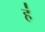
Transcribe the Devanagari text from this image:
ह॑